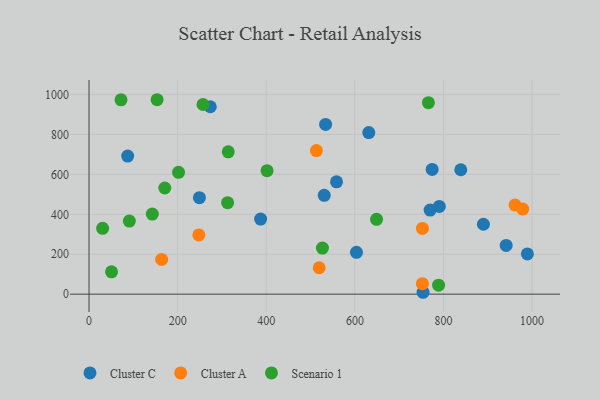
{"axis": {"x": "Engine Size", "y": "Yield"}, "legend": ["Cluster A", "Cluster C", "Scenario 1"], "data": [{"x": "790.6", "y": 439.3, "type": "Cluster C"}, {"x": "558.6", "y": 562.5, "type": "Cluster C"}, {"x": "753.9", "y": 9.4, "type": "Cluster C"}, {"x": "87.2", "y": 691.9, "type": "Cluster C"}, {"x": "530.8", "y": 495.2, "type": "Cluster C"}, {"x": "387.3", "y": 376.2, "type": "Cluster C"}, {"x": "890.1", "y": 350.1, "type": "Cluster C"}, {"x": "774.4", "y": 624.8, "type": "Cluster C"}, {"x": "769.8", "y": 421.2, "type": "Cluster C"}, {"x": "941.4", "y": 244.3, "type": "Cluster C"}, {"x": "989.3", "y": 201.6, "type": "Cluster C"}, {"x": "533.9", "y": 850.5, "type": "Cluster C"}, {"x": "839.0", "y": 623.2, "type": "Cluster C"}, {"x": "603.6", "y": 209.4, "type": "Cluster C"}, {"x": "273.7", "y": 938.8, "type": "Cluster C"}, {"x": "631.4", "y": 809.2, "type": "Cluster C"}, {"x": "249.1", "y": 483.4, "type": "Cluster C"}, {"x": "513.2", "y": 719.2, "type": "Cluster A"}, {"x": "978.8", "y": 426.0, "type": "Cluster A"}, {"x": "961.5", "y": 446.2, "type": "Cluster A"}, {"x": "247.8", "y": 296.8, "type": "Cluster A"}, {"x": "752.5", "y": 329.1, "type": "Cluster A"}, {"x": "752.3", "y": 52.4, "type": "Cluster A"}, {"x": "519.4", "y": 132.2, "type": "Cluster A"}, {"x": "163.9", "y": 173.8, "type": "Cluster A"}, {"x": "257.2", "y": 950.2, "type": "Scenario 1"}, {"x": "312.8", "y": 458.5, "type": "Scenario 1"}, {"x": "171.0", "y": 531.7, "type": "Scenario 1"}, {"x": "766.0", "y": 959.4, "type": "Scenario 1"}, {"x": "50.8", "y": 111.9, "type": "Scenario 1"}, {"x": "788.9", "y": 45.1, "type": "Scenario 1"}, {"x": "526.8", "y": 230.9, "type": "Scenario 1"}, {"x": "72.2", "y": 973.4, "type": "Scenario 1"}, {"x": "648.9", "y": 375.1, "type": "Scenario 1"}, {"x": "142.8", "y": 401.1, "type": "Scenario 1"}, {"x": "401.8", "y": 618.6, "type": "Scenario 1"}, {"x": "91.0", "y": 366.3, "type": "Scenario 1"}, {"x": "202.0", "y": 610.1, "type": "Scenario 1"}, {"x": "30.7", "y": 329.6, "type": "Scenario 1"}, {"x": "314.2", "y": 713.0, "type": "Scenario 1"}, {"x": "153.6", "y": 974.0, "type": "Scenario 1"}]}